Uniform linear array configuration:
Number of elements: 32
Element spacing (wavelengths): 0.5
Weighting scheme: kaiser
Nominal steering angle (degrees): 15
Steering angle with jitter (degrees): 15.383
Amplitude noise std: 0.05
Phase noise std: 0.05

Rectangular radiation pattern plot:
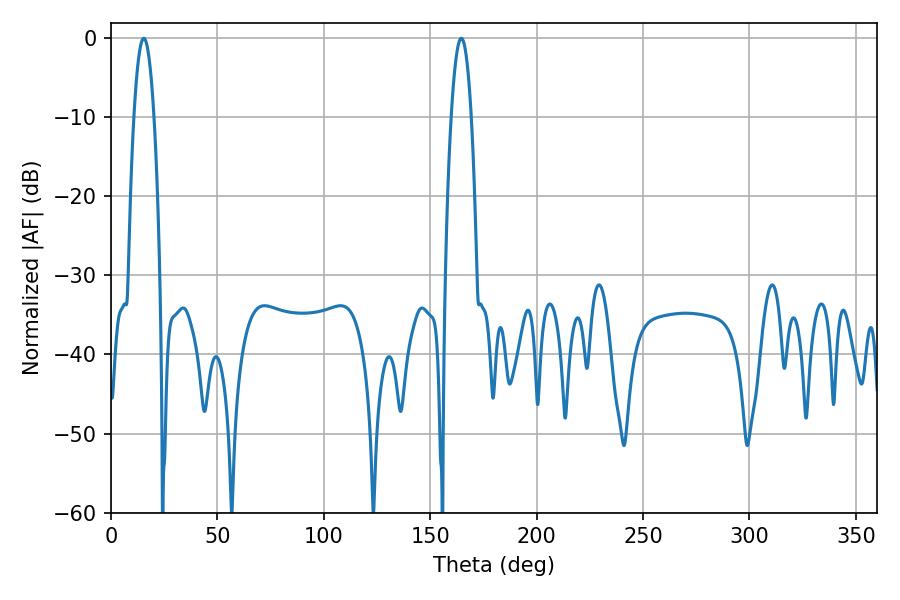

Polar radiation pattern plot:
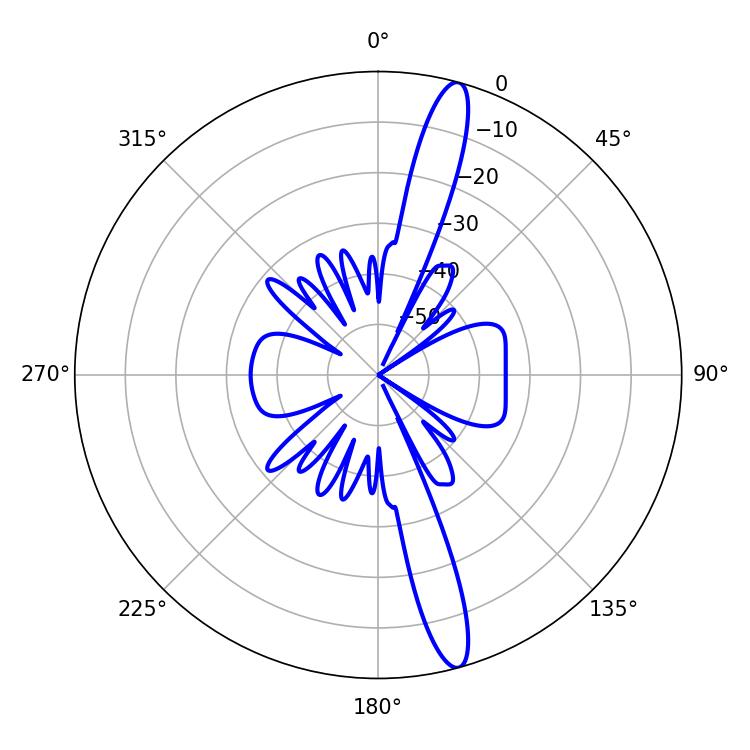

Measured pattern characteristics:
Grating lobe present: FALSE
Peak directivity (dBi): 15.839
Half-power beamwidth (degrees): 5.22
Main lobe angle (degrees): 164.52